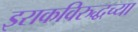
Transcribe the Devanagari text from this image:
इराकविरुद्धच्या